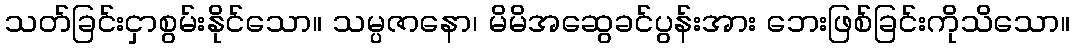
သတ်ခြင်းငှာစွမ်းနိုင်သော။ သမ္ပဇာနော၊ မိမိအဆွေခင်ပွန်းအား ဘေးဖြစ်ခြင်းကိုသိသော။